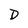
Character: D